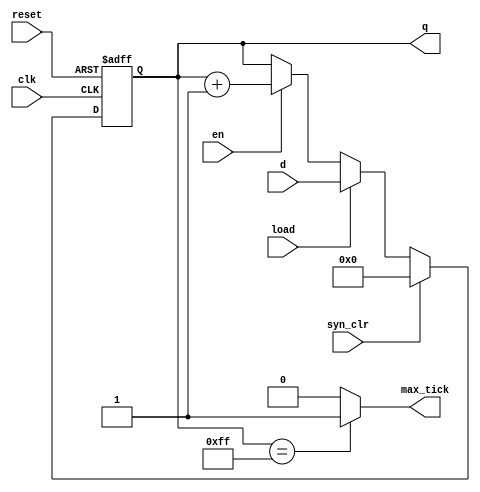
// Listing A.9
//---------------------------------------------
//    Universal counter function table
//---------------------------------------------
// syn_clr load  en    q*    operation
//---------------------------------------------
//     1     -    -    0     synchronous clear
//     0     1    -    d     parallel load
//     0     0    1   q+1    count up
//     0     0    0    q     pause
//---------------------------------------------
module bin_counter
   #(parameter N=8)   // default 8
   (
    input wire clk, reset,         // clock & reset
    input wire syn_clr, load, en,  // input control
    input wire [N-1:0] d,          // input data
    output wire max_tick,          // output status
    output wire [N-1:0] q          // output data
   );

   // constant declaration
   localparam MAX = 2**N - 1;
   // signal declaration
   reg [N-1:0] r_reg, r_next;

   // body
   //===========================================
   // register
   //===========================================
   // register
   always @(posedge clk, posedge reset)
      if (reset)
         r_reg <= 0;
      else
         r_reg <= r_next;
   //===========================================
   // next-state logic
   //===========================================
   always @*
      if (syn_clr)
         r_next = 0;
      else if (load)
         r_next = d;
      else if (en)
         r_next = r_reg + 1;
      else
         r_next = r_reg;
   //===========================================
   // output logic
   //===========================================
   assign q = r_reg;
   assign max_tick = (r_reg==2**N-1) ? 1'b1 : 1'b0;

endmodule